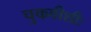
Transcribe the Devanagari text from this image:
चुकवीशीः